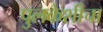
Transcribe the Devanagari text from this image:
पुलकेशीचा